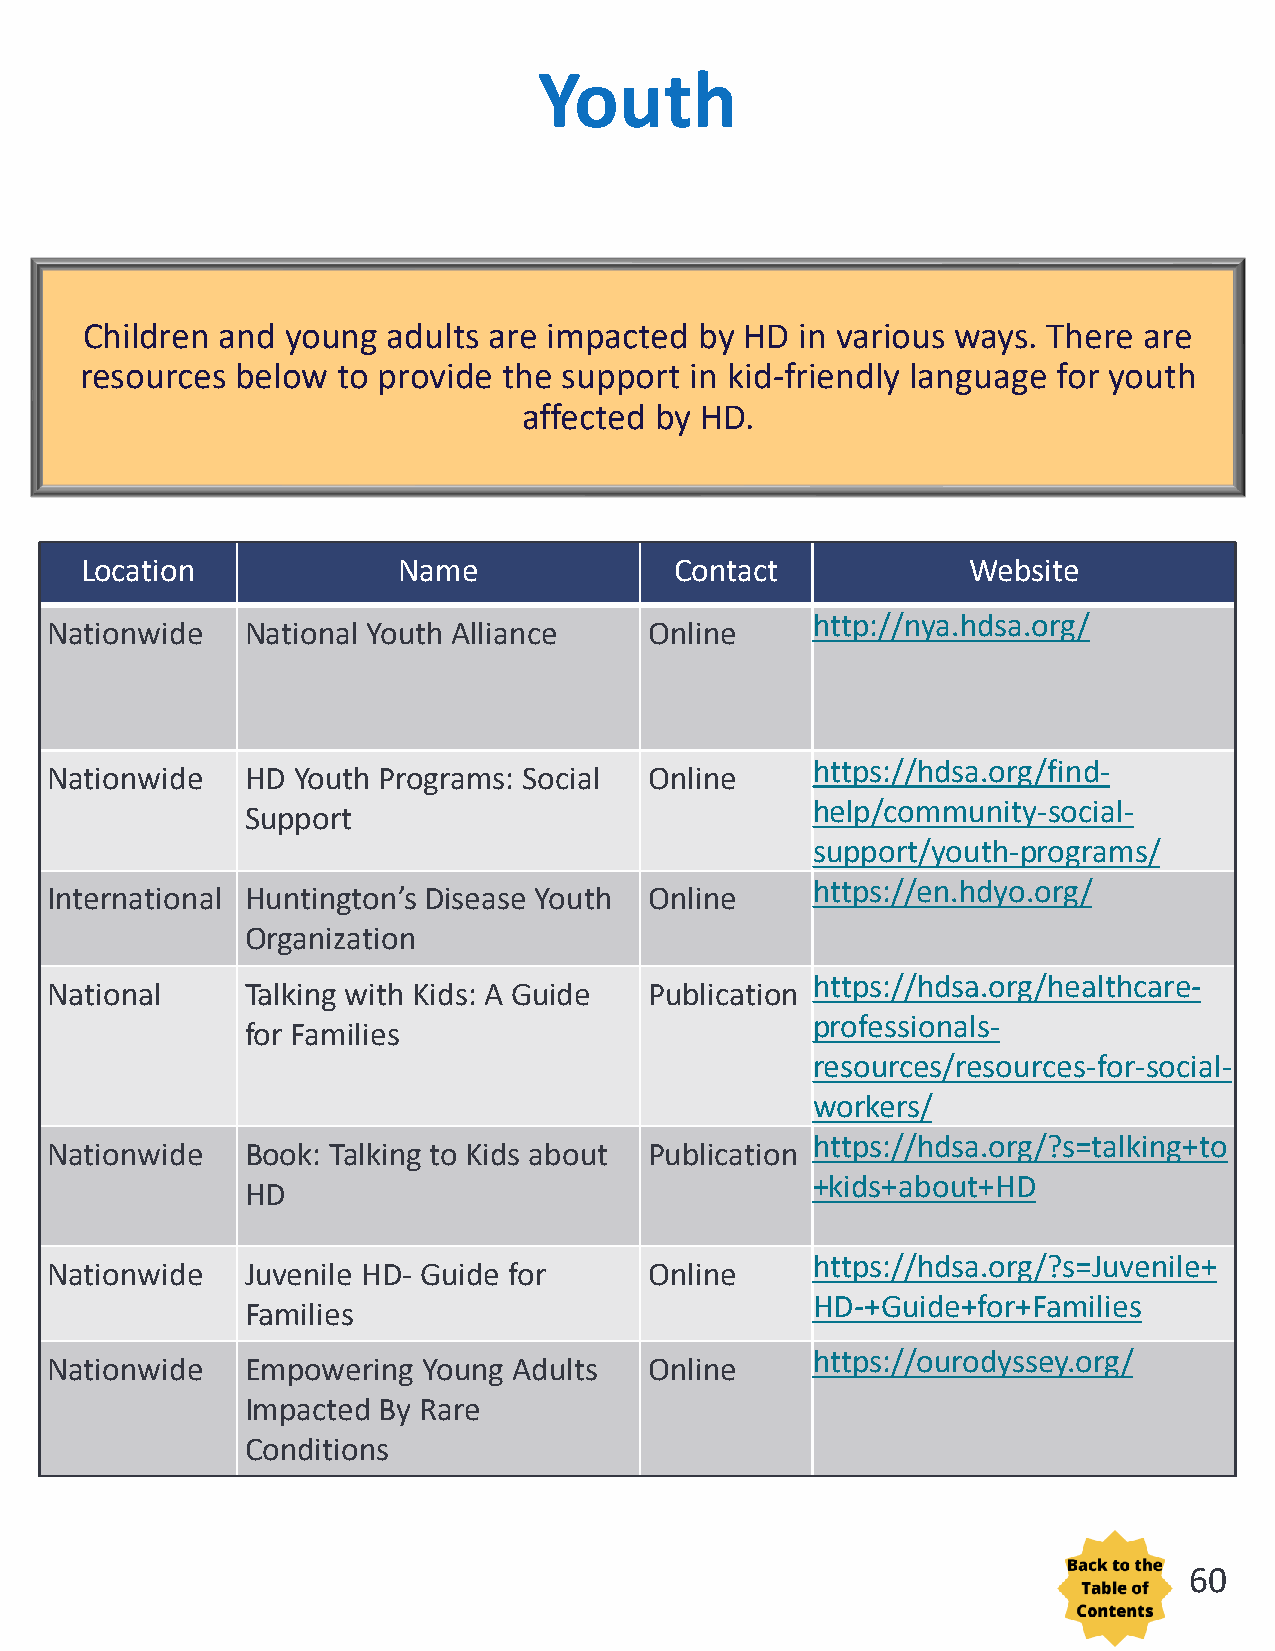
Youth
 Children  and young  adults are impacted by HD  in various ways. There are
 resources  below to provide the support  in kid-friendly language for youth
 affected by HD.
 Location             Name               Contact            Website
 http://nya.hdsa.org/
 Nationwide   National Youth Alliance    Online
 https://hdsa.org/find-
 Nationwide   HD Youth Programs: Social  Online
 help/community-social-
 Support
 support/youth-programs/
 https://en.hdyo.org/
 International Huntington’s Disease Youth Online
 Organization
 https://hdsa.org/healthcare-
 National     Talking with Kids: A Guide Publication
 professionals-
 for Families
 resources/resources-for-social-
 workers/
 https://hdsa.org/?s=talking+to
 Nationwide   Book: Talking to Kids about Publication
 +kids+about+HD
 HD
 https://hdsa.org/?s=Juvenile+
 Nationwide   Juvenile HD- Guide for     Online
 HD-+Guide+for+Families
 Families
 https://ourodyssey.org/
 Nationwide   Empowering  Young Adults   Online
 Impacted By Rare
 Conditions
 60